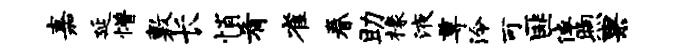
嘉延懵敷长悄肴雀眷助椽液尊泠可匪倬煦果